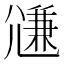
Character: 𡰉